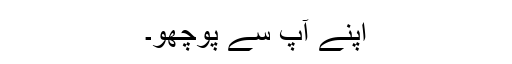
اپنے آپ سے پوچھو۔